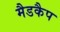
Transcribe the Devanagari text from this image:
मैडकैप